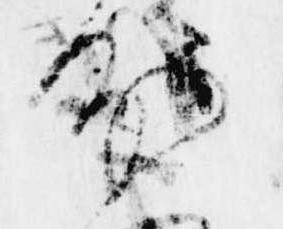
分